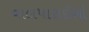
વાલપારાઈસો